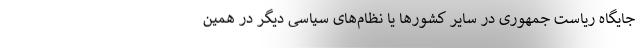
جایگاه ریاست جمهوری در سایر کشورها یا نظام‌های سیاسی دیگر در همین